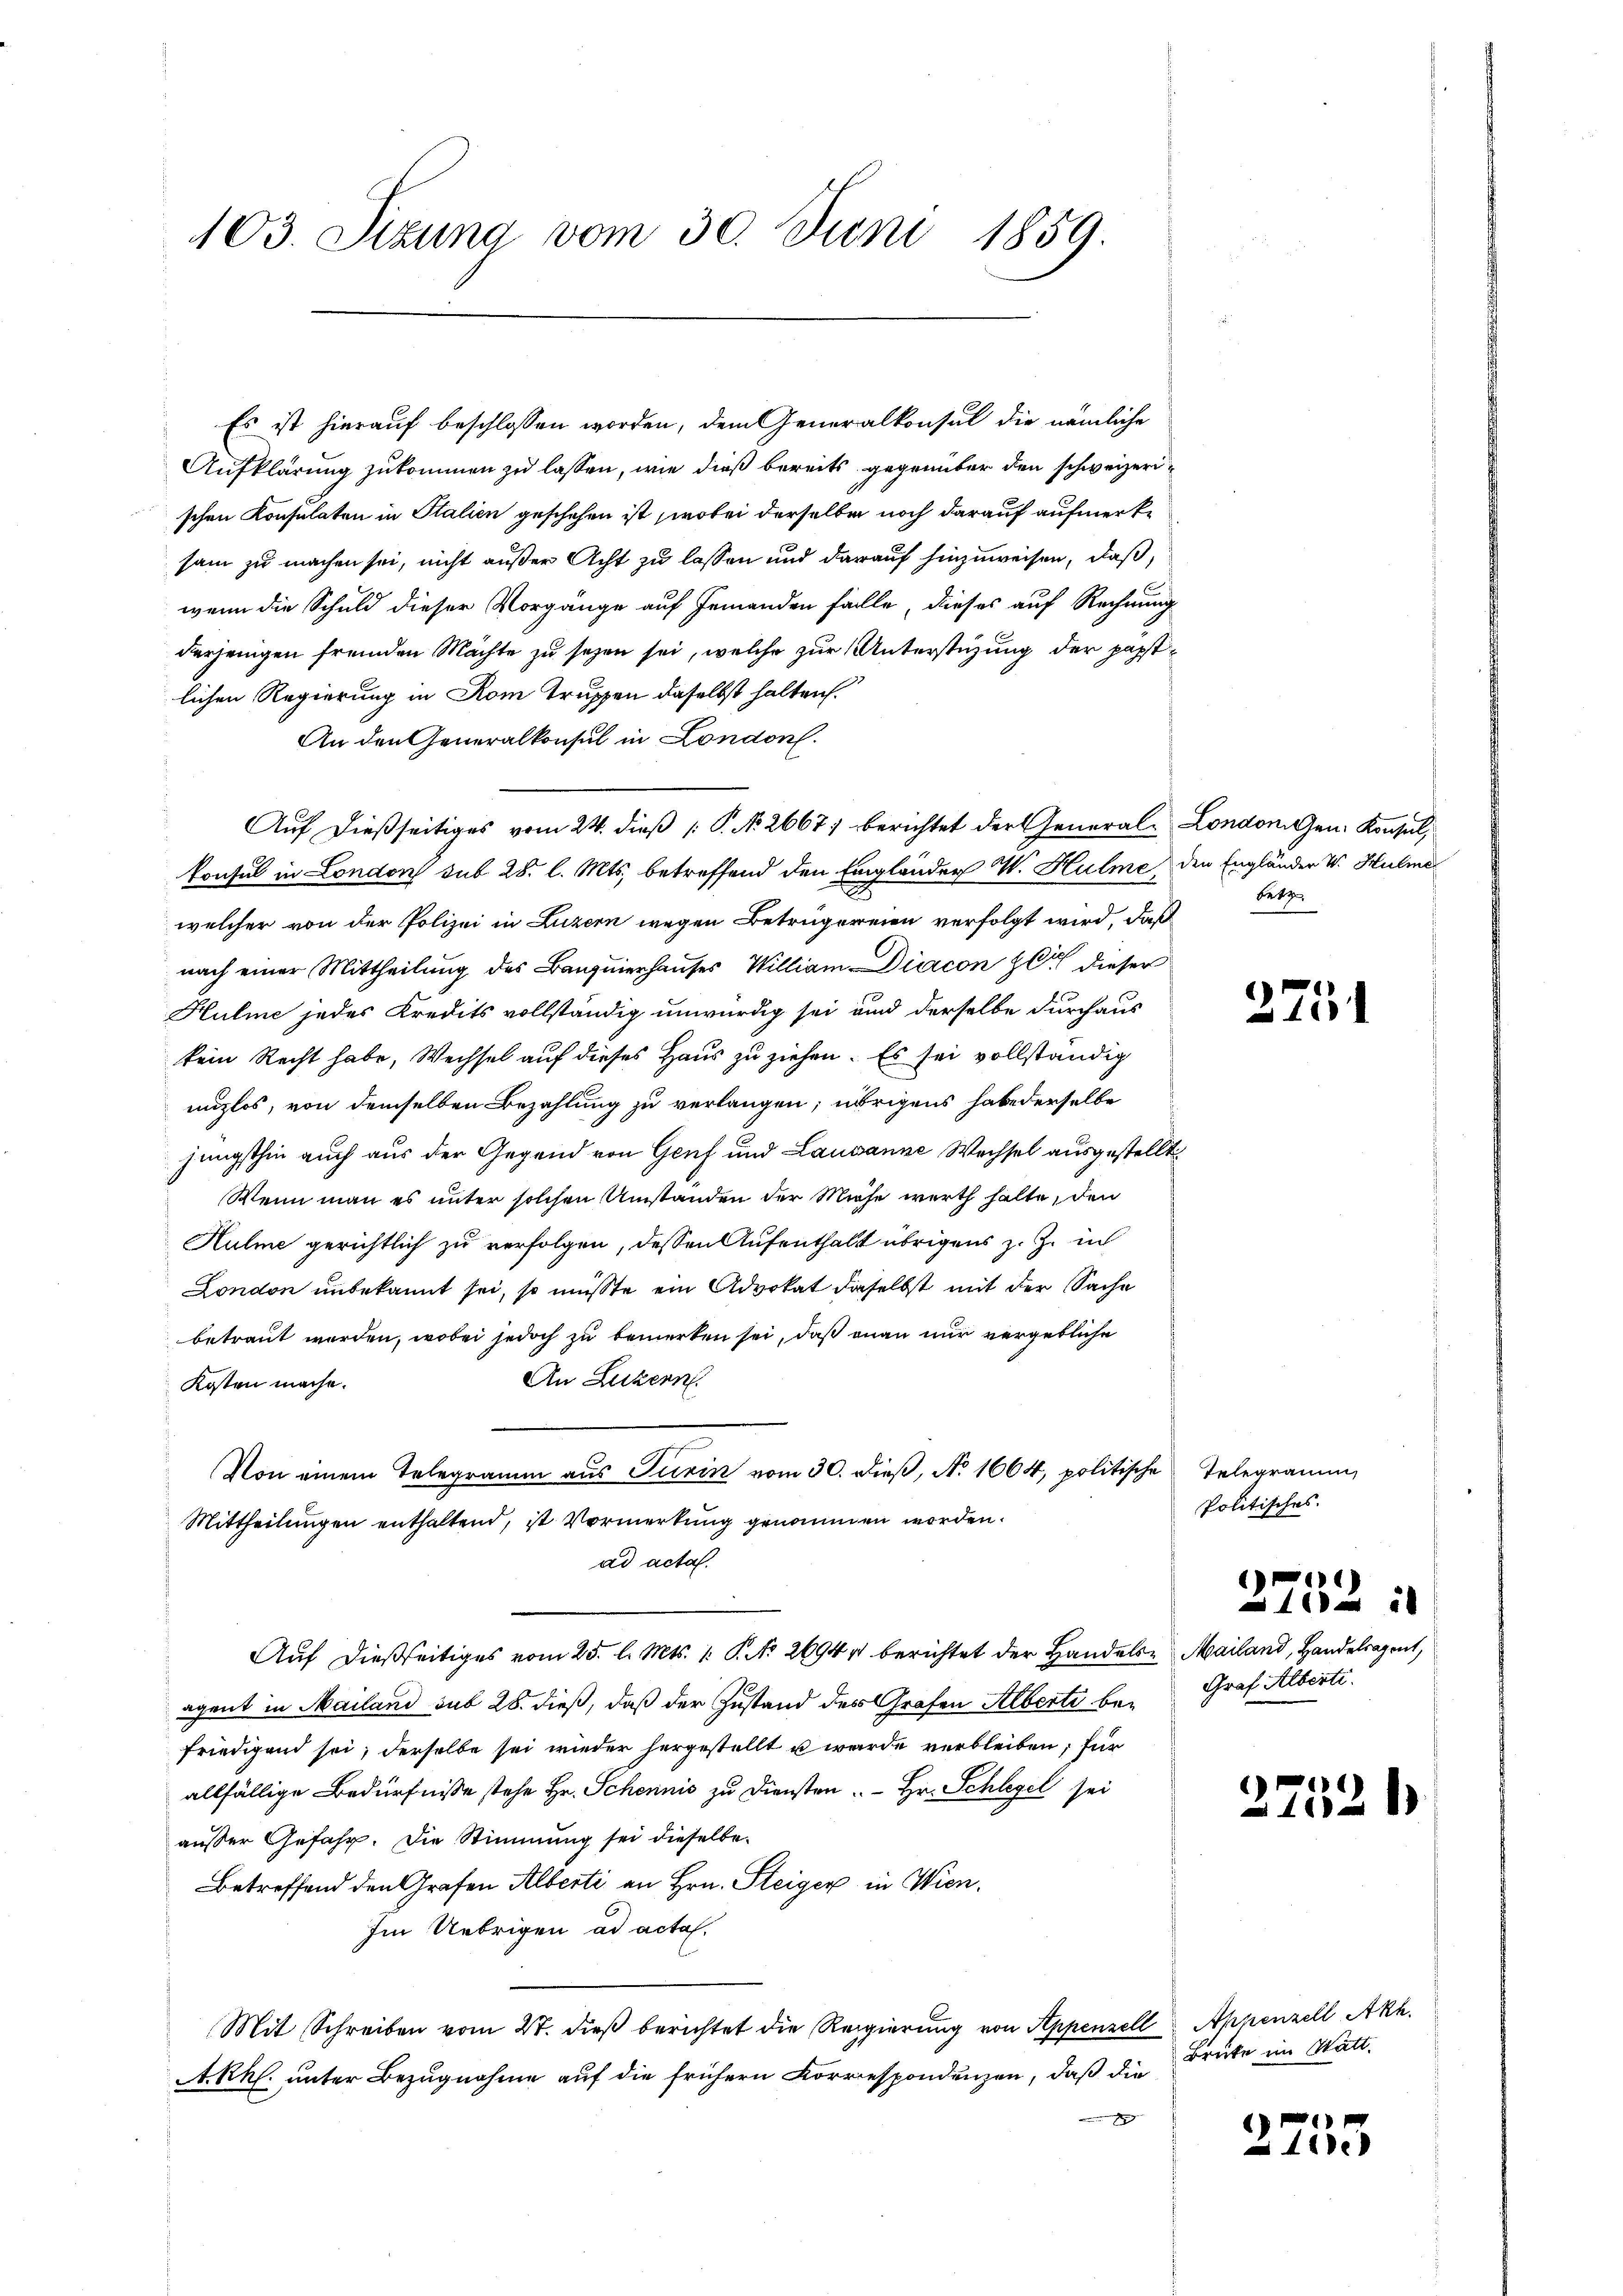
103. Sizung vom 30. Juni 1859.

Es ist hierauf beschlossen worden, dem Generalkonsul die nämliche
Aufklärung zukommen zu lassen, wie dieß bereits gegenüber den schweizerischen Konsulaten in Stalien geschehen ist, wobei derselben noch darauf aufmerksam zu machen sei, nicht außer Acht zu lassen und darauf hinzuweisen, daß,
wenn die Schuld dieser Vorgänge auf Jemanden fälle, dieses auf Rechnung
derjenigen fremden Mächte zu sehen sei, welche zur Unterstüzung der passtlichen Regierung in Rom Truppen daselbst halten.
An den Generalkonsul in London.
konsul in London sub 28. l. Mts. betreffend den Eingländer W. Hulme den Engländer W. Hulme
welcher von der Polizei in Luzern wegen Betrügereien verfolgt wird, daß
nach einer Mittheilung des Banquierhauses William Diacon zu dieser
Hulme jedes Kredits vollständig unwürdig sei und derselbe durchaus
kein Recht habe, Wechsel auf dieses Haus zu ziehen. Es sei vollständig
nuzlos, von demselben Bezahlung zu verlangen; übrigens habe derselbe
jüngsthin auch aus der Gegend von Genf und Lausanne Wechsel ausgestellt
Wenn man es unter solchen Umstanden der Miese werth halte, den
Hulme gerichtlich zu verfolgen, dessen Aufenthalt übrigens z. Z. in
London unbekannt sei, so müsste ein Advokat daselbst mit der Sache
betraut werden, wobei jedoch zu bemerken sei, daß man nur vergebliche
An Luzern.
Kosten mache.
Von einem Telegramm aus Turin vom 30. dieß, No. 1664, politische Telegramm,
Mittheilungen enthaltend, ist Vormerkung genommen worden.
ad acta.
Auf dießseitiges vom 25. d. Mts. 1. P. Nr. 2694 berichtet der Handels-Mailand, Handelsagent,
agent in Mailand sub 28. dieß, daß der Zustand des Grafen Alberti befriedigend sei, derselbe sei wieder hergestellt u wurde verbleiben; für
allfällige Bedürfnisse stehe Hr. Schennis zu Diensten. Hr. Schlegel sei
ausser Gefahr. Die Stimmung sei dieselbe
Betreffend den Grafen Alberti an Hrn. Steiger in Wien¬
Im Uebrigen ad acta.
Mit Schreiben vom 27. dieß berichtet die Regierung von Appenzell Appenzell Akh.
A.Rh. unter Bezugnahme auf die frühern Korrespondenzen, daß die
g

Auf dießseitiges vom 24. dieß P. No. 2667; berichtet der General¬

London Gen. Konsul,
betr.

2751

Politisches.

1
1

Graf Alberti.

)
xx

2753

1

Brüke im Statt.